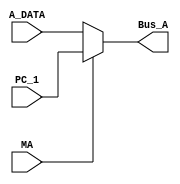
`timescale 1ns / 1ps

module MUX_A(
			input MA,
			input [31:0] PC_1, A_DATA,
			output [31:0] Bus_A
			);

assign Bus_A = (!MA)? A_DATA : PC_1;

endmodule